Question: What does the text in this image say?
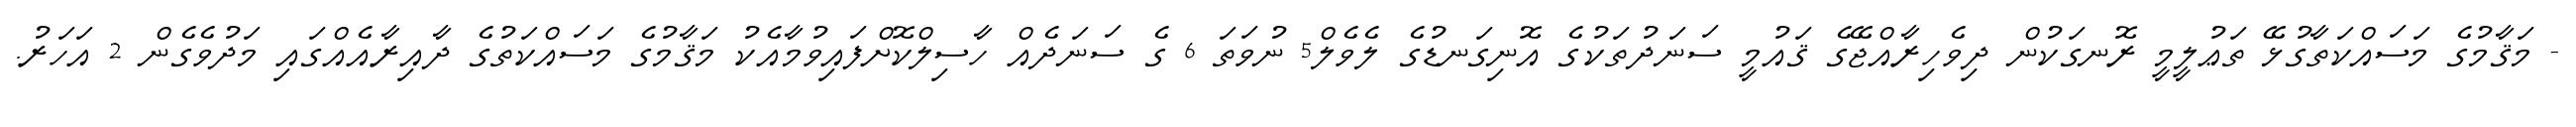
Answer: - މަޤާމުގެ މަސައްކަތާގުޅޭ ތަޢުލީމީ ރޮނގަކުން ދިވެހިރާއްޖޭގެ ޤައުމީ ސަނަދުތަކުގެ އޮނިގަނޑުގެ ލެވެލް5 ނުވަތަ 6 ގެ ސަނަދެއް ހާސިލްކޮށްފައިވުމާއެކު މަޤާމުގެ މަސައްކަތުގެ ދާއިރާއެއްގައި މަދުވެގެން 2 އަހަރު.